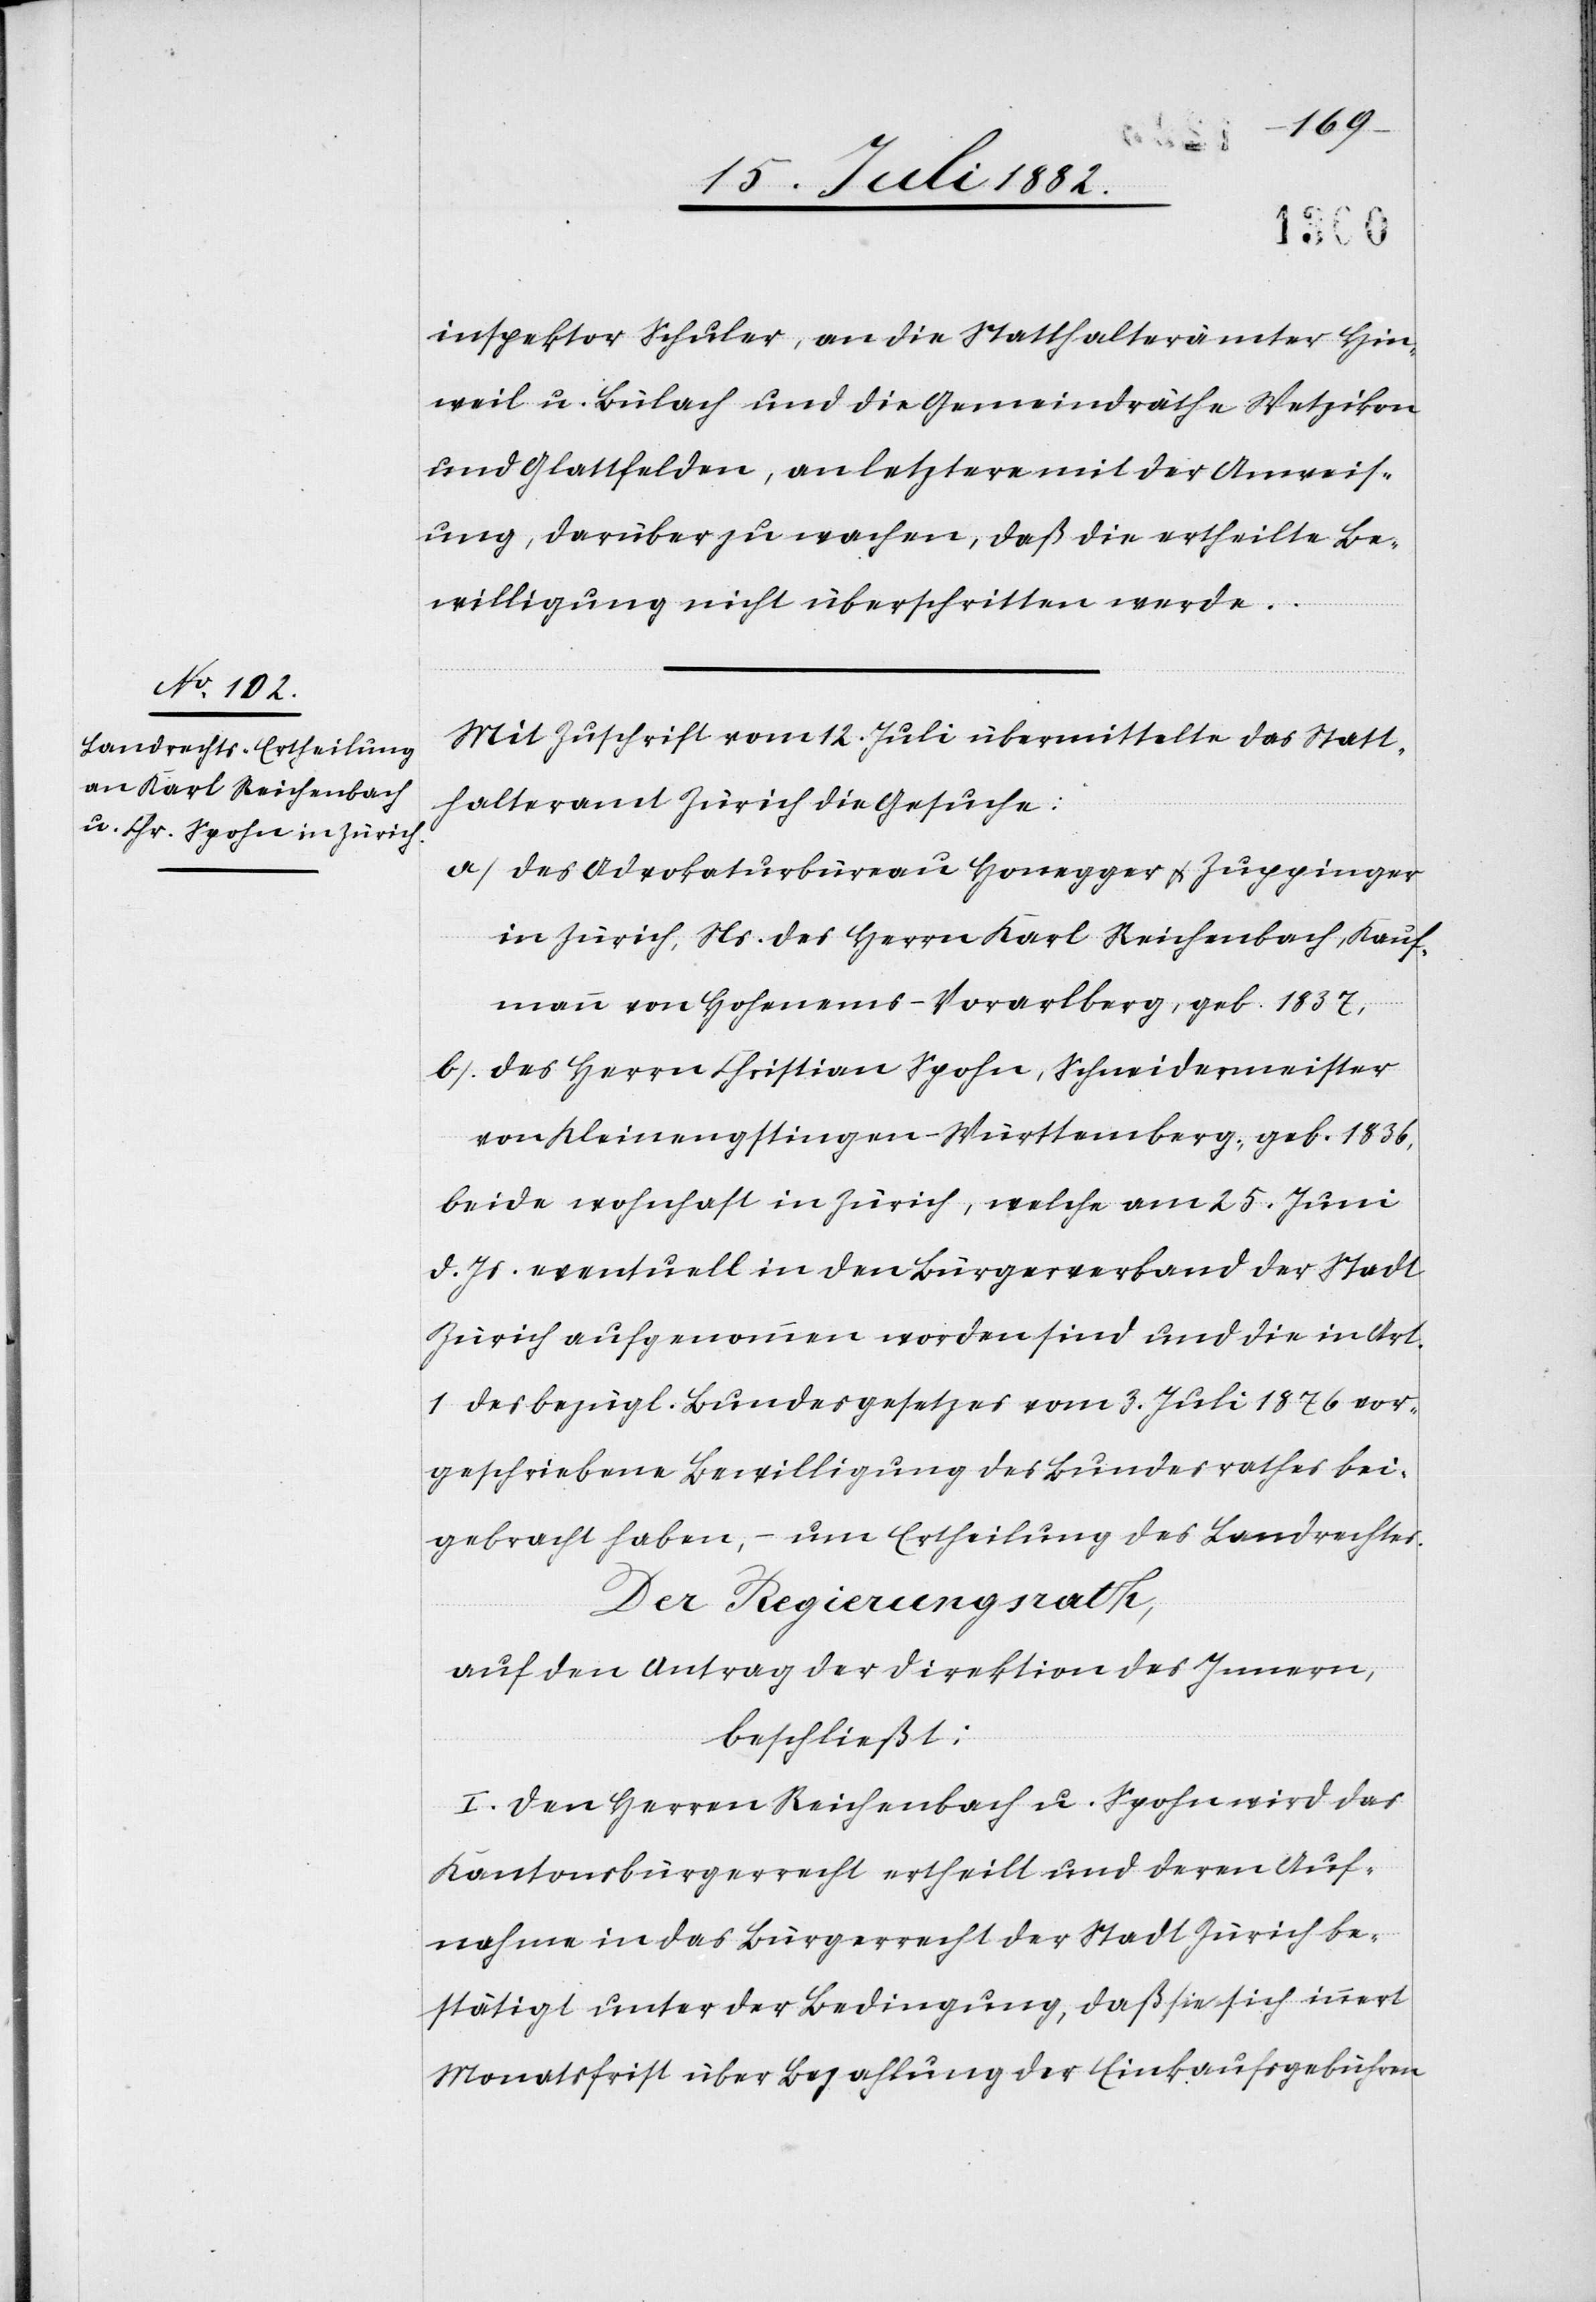
inspektor Schuler, an die Statthalterämter Hin¬
weil u. Bülach und die Gemeindräthe Wetzikon
und Glattfelden, an letztere mit der Anweis¬
ung, darüber zu wachen, daß die ertheilte Be¬
willigung nicht überschritten werde.
Mit Zuschrift vom 12. Juli übermittelte das Statt¬
halteramt Zürich die Gesuche:
a) des Advokaturbüreau Honegger & Zuppinger
in Zürich, Ns. des Herrn Karl Reichenbach, Kauf¬
mann von Hohenems - Vorarlberg, geb. 1837,
b) des Herrn Christian Spohn, Schneidermeister
von Kleinengstringen - Württemberg, geb. 1836,
beide wohnhaft in Zürich, welche am 25. Juni
d. Js. eventuell in den Bürgerverband der Stadt
Zürich aufgenommen worden sind und die in Art.
1 des bezügl. Bundesgesetzes vom 3. Juli 1876 vor¬
geschriebene Bewilligung des Bundesrathes bei¬
gebracht haben, – um Ertheilung des Landrechtes.
Der Regierungsrath,
auf den Antrag der Direktion des Innern,
beschließt:
I. Den Herren Reichenbach u. Spohn wird das
Kantonsbürgerrecht ertheilt und deren Auf¬
nahme in das Bürgerrecht der Stadt Zürich be¬
stätigt unter der Bedingung, daß sie sich innert
Monatsfrist über Bezahlung der Einkaufsgebühren